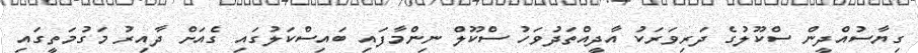
ގިޔާސުއްދީން ސްކޫލުގެ ދަރިވަރަކު އާދީއްތަދުވަހު ސްކޫލް ނިންމާފައި ބައިސްކަލުގައި ގެއަށް ދާއިރު މަގުމަތީގައި